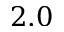
2 . 0